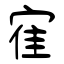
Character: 寉